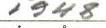
1948